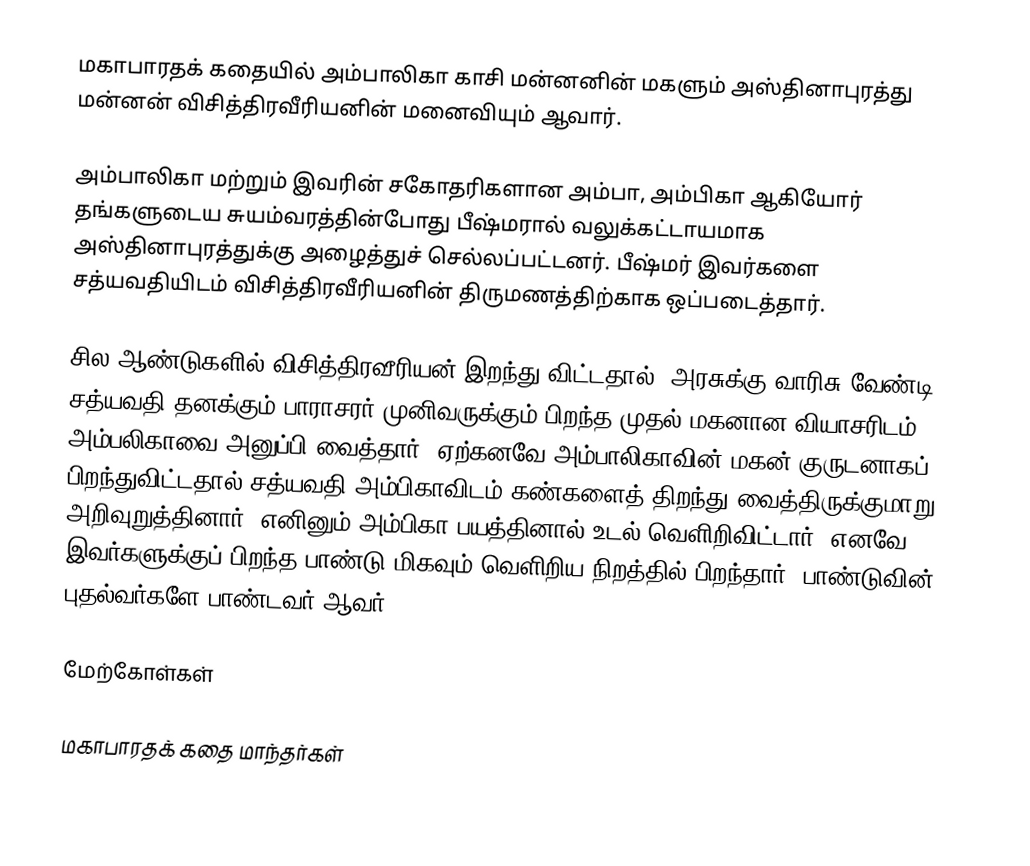
மகாபாரதக் கதையில் அம்பாலிகா காசி மன்னனின் மகளும் அஸ்தினாபுரத்து மன்னன் விசித்திரவீரியனின் மனைவியும் ஆவார்.

அம்பாலிகா மற்றும் இவரின் சகோதரிகளான அம்பா, அம்பிகா ஆகியோர் தங்களுடைய சுயம்வரத்தின்போது பீஷ்மரால் வலுக்கட்டாயமாக அஸ்தினாபுரத்துக்கு அழைத்துச் செல்லப்பட்டனர். பீஷ்மர் இவர்களை சத்யவதியிடம் விசித்திரவீரியனின் திருமணத்திற்காக ஒப்படைத்தார்.

சில ஆண்டுகளில் விசித்திரவீரியன் இறந்து விட்டதால், அரசுக்கு வாரிசு வேண்டி சத்யவதி தனக்கும்-பாராசரர் முனிவருக்கும் பிறந்த முதல் மகனான வியாசரிடம் அம்பலிகாவை அனுப்பி வைத்தார். ஏற்கனவே அம்பாலிகாவின் மகன் குருடனாகப் பிறந்துவிட்டதால் சத்யவதி அம்பிகாவிடம்  கண்களைத் திறந்து வைத்திருக்குமாறு அறிவுறுத்தினார். எனினும் அம்பிகா பயத்தினால் உடல் வெளிறிவிட்டார். எனவே இவர்களுக்குப் பிறந்த பாண்டு மிகவும் வெளிறிய நிறத்தில் பிறந்தார். பாண்டுவின் புதல்வர்களே பாண்டவர் ஆவர்.

மேற்கோள்கள்

மகாபாரதக் கதை மாந்தர்கள்